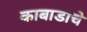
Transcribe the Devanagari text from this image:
काबाडाचे